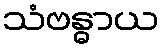
သံဗန္ဓာယ